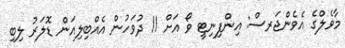
މާވެލްގެ އެވެންޖަރސް: އިންފިނިޓީ ވޯ އަށް 11 ދުވަހުން އެއްބިލިއަން ޑޮލަރު ލިބި